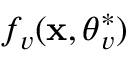
f _ { v } ( \mathbf { x } , \boldsymbol { \theta } _ { v } ^ { * } )